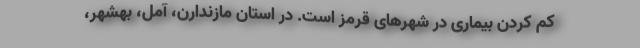
کم کردن بیماری در شهرهای قرمز است. در استان مازندارن، آمل، بهشهر،